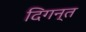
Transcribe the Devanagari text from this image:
दिगन्‍त